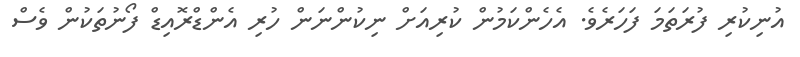
އުނިކުރި ފުރަތަމަ ފަހަރެވެ. އެހެންކަމުން ކުރިއަށް ނިކުންނަން ހުރި އެންޑްރޮއިޑް ފޯނުތަކުން ވެސް